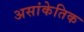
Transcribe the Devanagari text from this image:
असांकेतिक